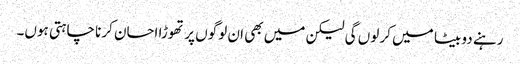
رہنے دو بیٹا میں کر لوں گی لیکن میں بھی ان لوگوں پر تھوڑا احسان کرنا چاہتی ہوں۔